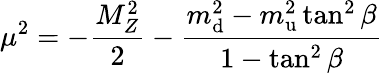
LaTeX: \mu^{2}=-{\frac{M_{Z}^{2}}{2}}-\frac{m_{\mathrm{d}}^{2}-m_{\mathrm{u}}^{2}\tan^{2}\beta}{1-\tan^{2}\beta}